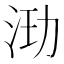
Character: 𰛞